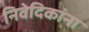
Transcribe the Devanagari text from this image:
निवेदिकांना